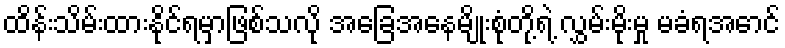
ထိန်းသိမ်းထားနိုင်ရမှာဖြစ်သလို အခြေအနေမျိုးစုံတို့ရဲ့ လွှမ်းမိုးမှု မခံရအောင်